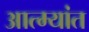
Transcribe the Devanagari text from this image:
आत्म्यांत